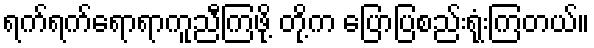
ရက်ရက်ရောရာကူညီကြဖို့ တို့က ပြောပြစည်းရုံးကြတယ်။